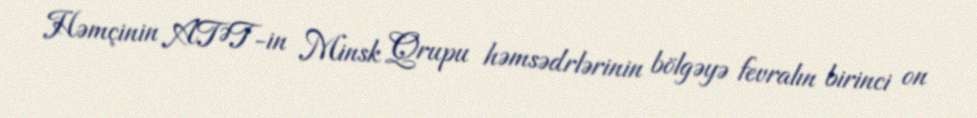
Həmçinin ATƏT-in Minsk Qrupu həmsədrlərinin bölgəyə fevralın birinci on